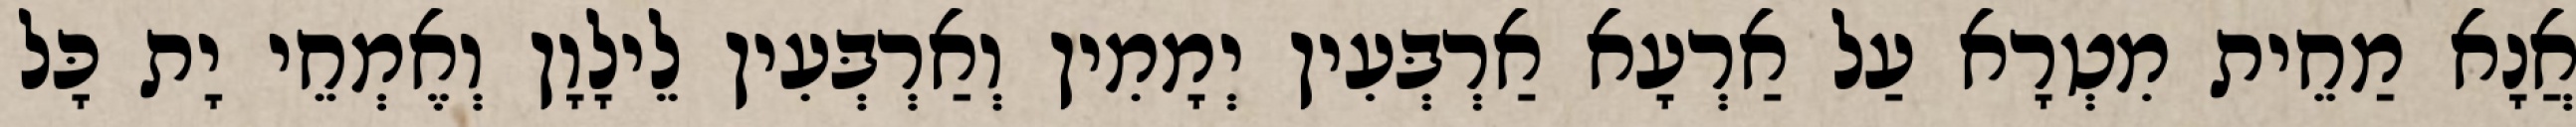
אֲנָא מַחֵית מִטְרָא עַל אַרְעָא אַרְבְּעִין יְמָמִין וְאַרְבְּעִין לֵילָוָן וְאֶמְחֵי יָת כָּל